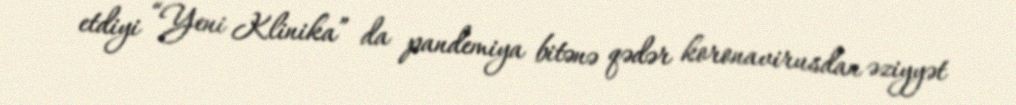
etdiyi “Yeni Klinika” da pandemiya bitənə qədər koronavirusdan əziyyət